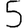
Digit: 5